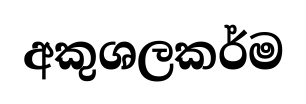
අකුශලකර්ම